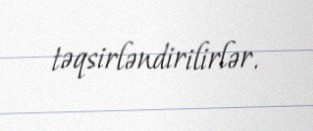
təqsirləndirilirlər.